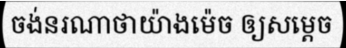
ចង់នរណាថាយ៉ាងម៉េច ឲ្យសម្តេច